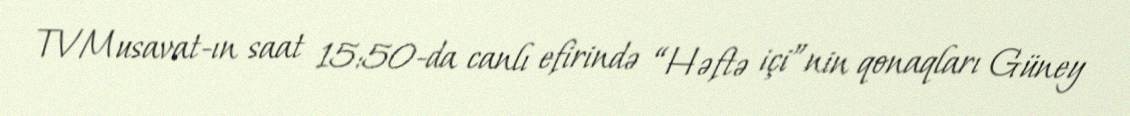
TVMusavat-ın saat 15:50-da canlı efirində “Həftə içi”nin qonaqları Güney